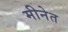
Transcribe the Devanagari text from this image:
मीनेत